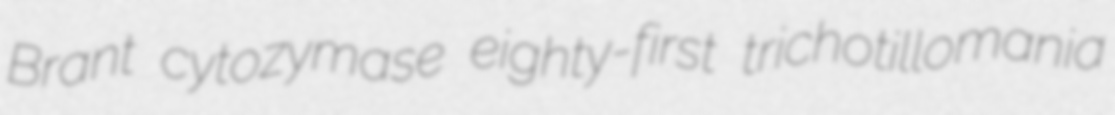
Brant cytozymase eighty-first trichotillomania